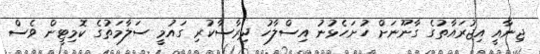
ޖިނާއީ އިޖުރައާތުގެ ގާނޫނަށް ހުށަހެޅުނު އިސްލާހު ދިރާސާކުރި ގައުމީ ސަލާމަތުގެ ކޮމިޓީން ވެސް